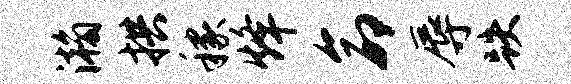
瀚拱稼烽命辱跌